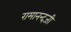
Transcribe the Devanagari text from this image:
रामानन्दजी